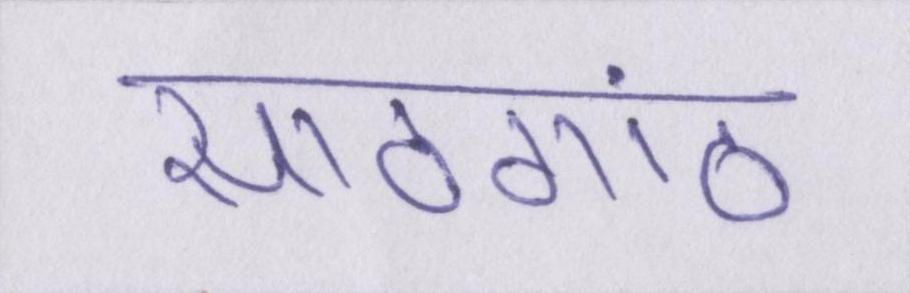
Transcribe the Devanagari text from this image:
साठगांठ